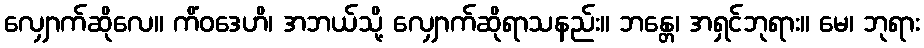
လျှောက်ဆိုလေ။ ကိံဝဒေဟိ၊ အဘယ်သို့ လျှောက်ဆိုရာသနည်း။ ဘန္တေ၊ အရှင်ဘုရား။ မေ၊ ဘုရား